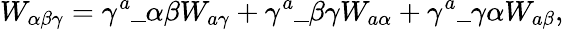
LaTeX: W_{\alpha\beta\gamma}=\gamma^{a}\_ {\alpha\beta}W_{a\gamma}+\gamma^{a}\_ {\beta\gamma}W_{a\alpha}+\gamma^{a}\_ {\gamma\alpha}W_{a\beta},